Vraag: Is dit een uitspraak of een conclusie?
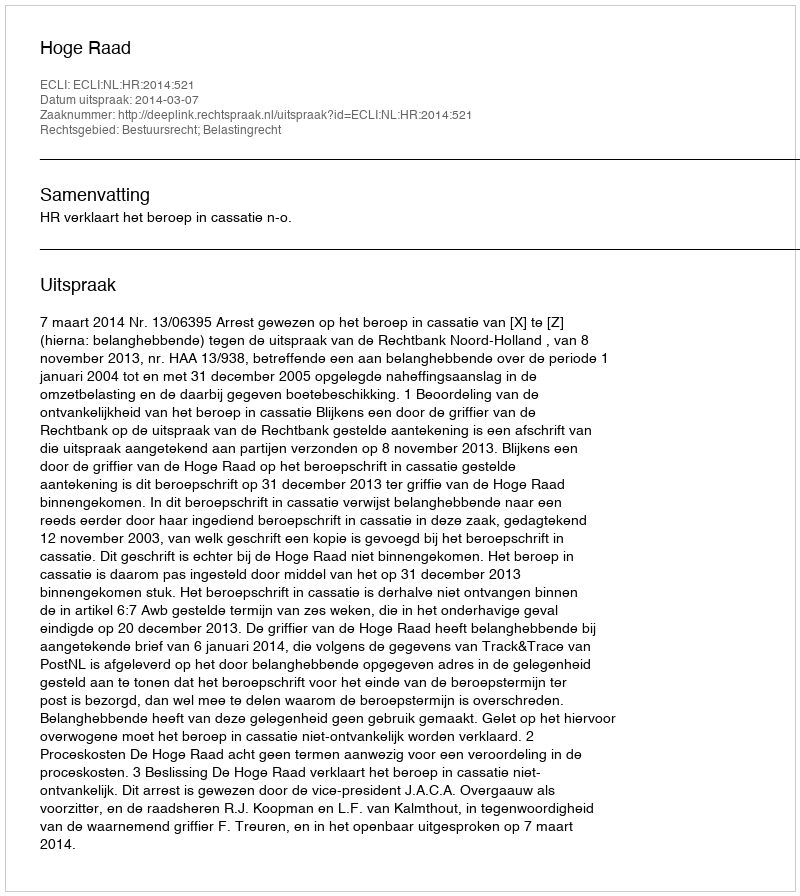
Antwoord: Uitspraak